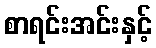
စာရင်းအင်းနှင့်